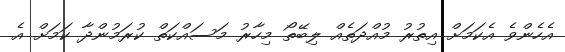
އެހެންވެ އެކަމަށް އިތުރު މުއްދަތެއް ލިބޭތޯ މިހާރު މަސައްކަތް ކުރަމުންދާ ކަމަށް އެ